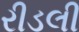
રીડલી